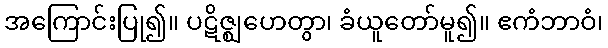
အကြောင်းပြု၍။ ပဋိဇ္ဈဟေတွာ၊ ခံယူတော်မူ၍။ ဧကံဘာဝံ၊